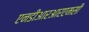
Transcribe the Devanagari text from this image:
एनडीआरआरएमसी